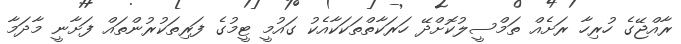
ރާއްޖޭގެ ހުރިހާ ރަށެއް ތަމްސީލުކޮށްދޭ ހަރަކާތްތަކަކާއެކު ގައުމީ ޓީމުގެ ފަރިތަކުރުންތައް ފަށާނީ މާދަމާ